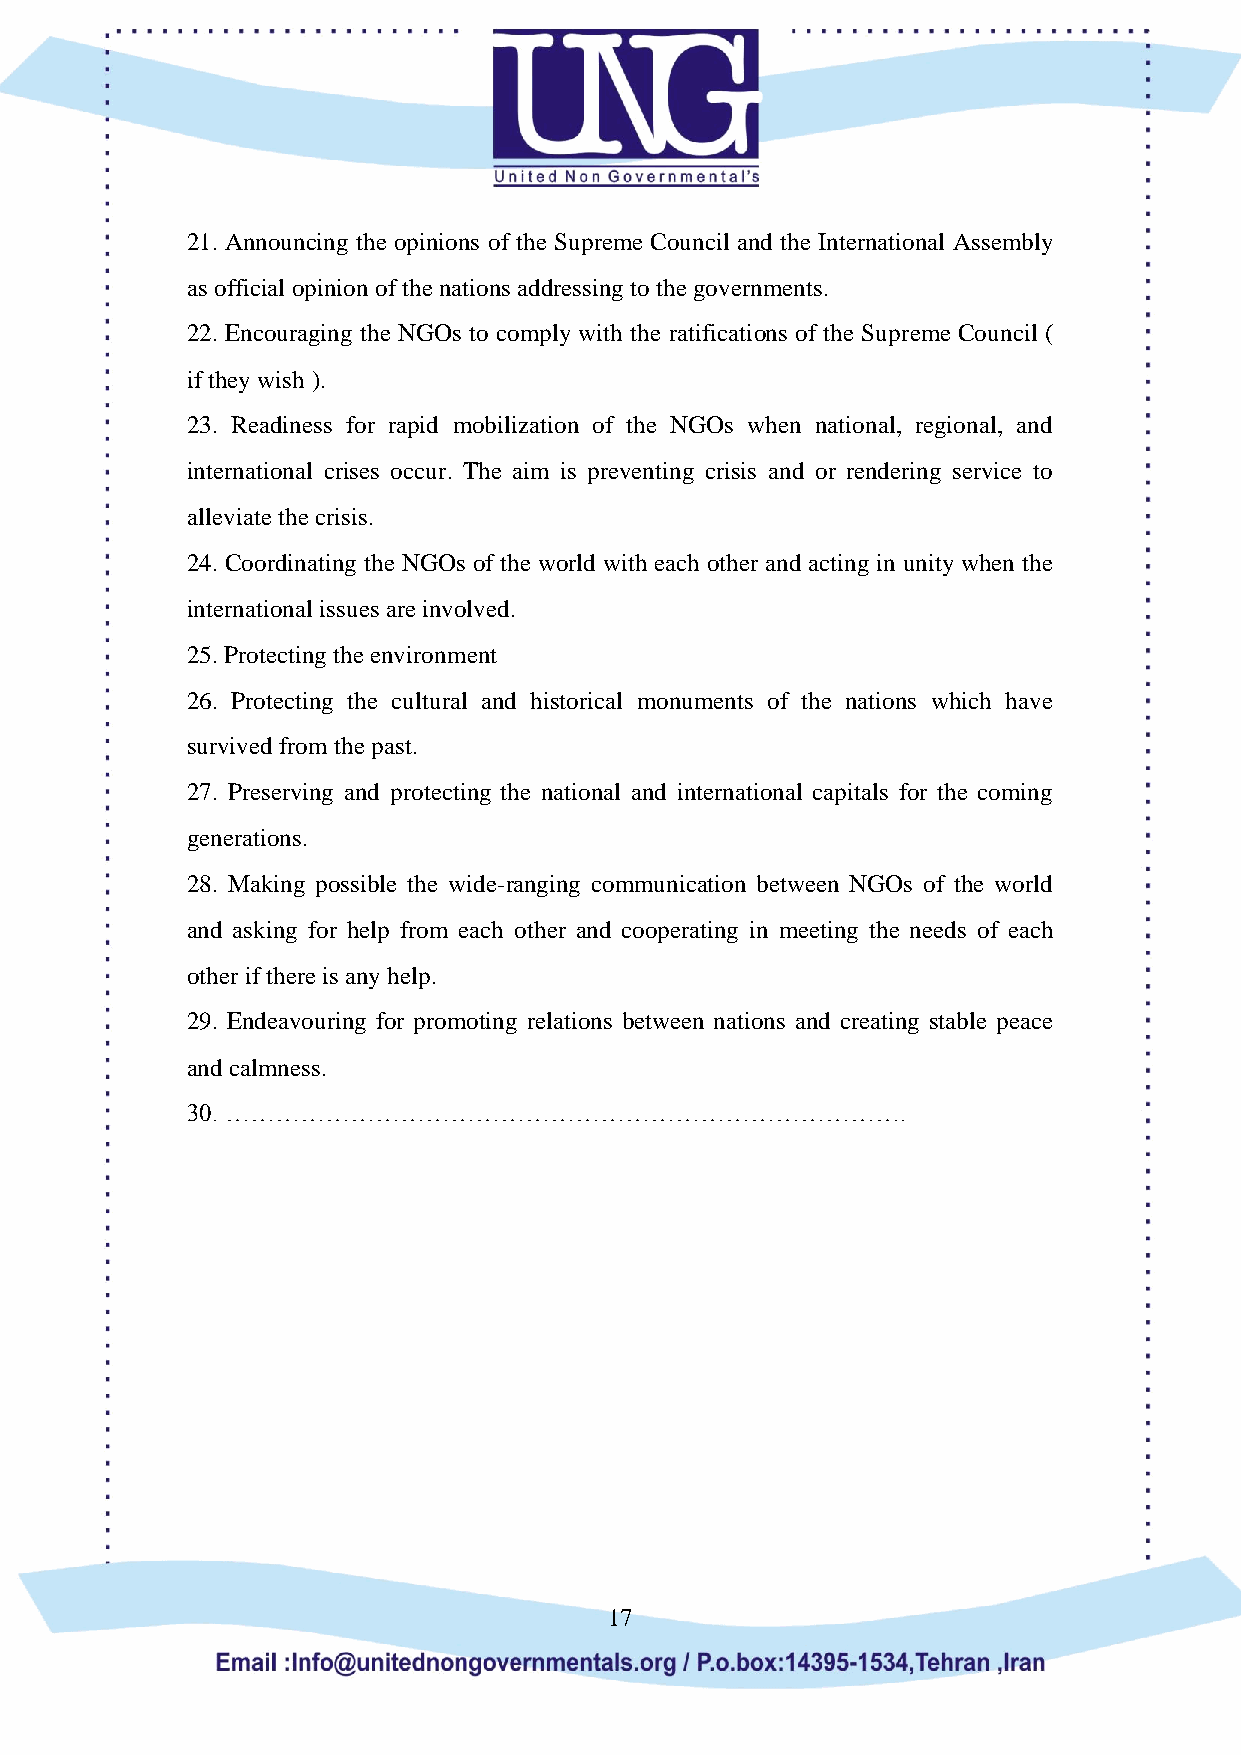
21. Announcing the opinions of the Supreme Council and the International Assembly
 as official opinion of the nations addressing to the governments.
 22. Encouraging the NGOs to comply with the ratifications of the Supreme Council (
 if they wish ).
 23. Readiness for rapid mobilization of the NGOs when national, regional, and
 international crises occur. The aim is preventing crisis and or rendering service to
 alleviate the crisis.
 24. Coordinating the NGOs of the world with each other and acting in unity when the
 international issues are involved.
 25. Protecting the environment
 26. Protecting the cultural and historical monuments of the nations which have
 survived from the past.
 27. Preserving and protecting the national and international capitals for the coming
 generations.
 28. Making possible the wide-ranging communication between NGOs of the world
 and asking for help from each other and cooperating in meeting the needs of each
 other if there is any help.
 29. Endeavouring for promoting relations between nations and creating stable peace
 and calmness.
 30. ……………………………………………………………………….
 17